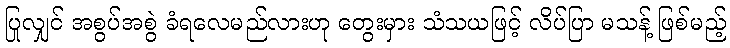
ပြုလျှင် အစွပ်အစွဲ ခံရလေမည်လားဟု တွေးမှား သံသယဖြင့် လိပ်ပြာ မသန့် ဖြစ်မည့်